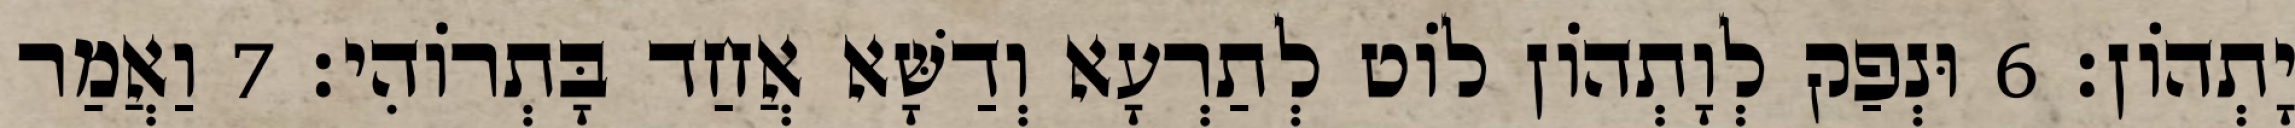
יָתְהוֹן׃ 6 וּנְפַק לְוָתְהוֹן לוֹט לְתַרְעָא וְדַשָּׁא אֲחַד בָּתְרוֹהִי׃ 7 וַאֲמַר